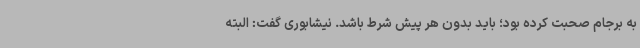
به برجام صحبت کرده بود؛ باید بدون هر پیش شرط باشد. نیشابوری گفت: البته